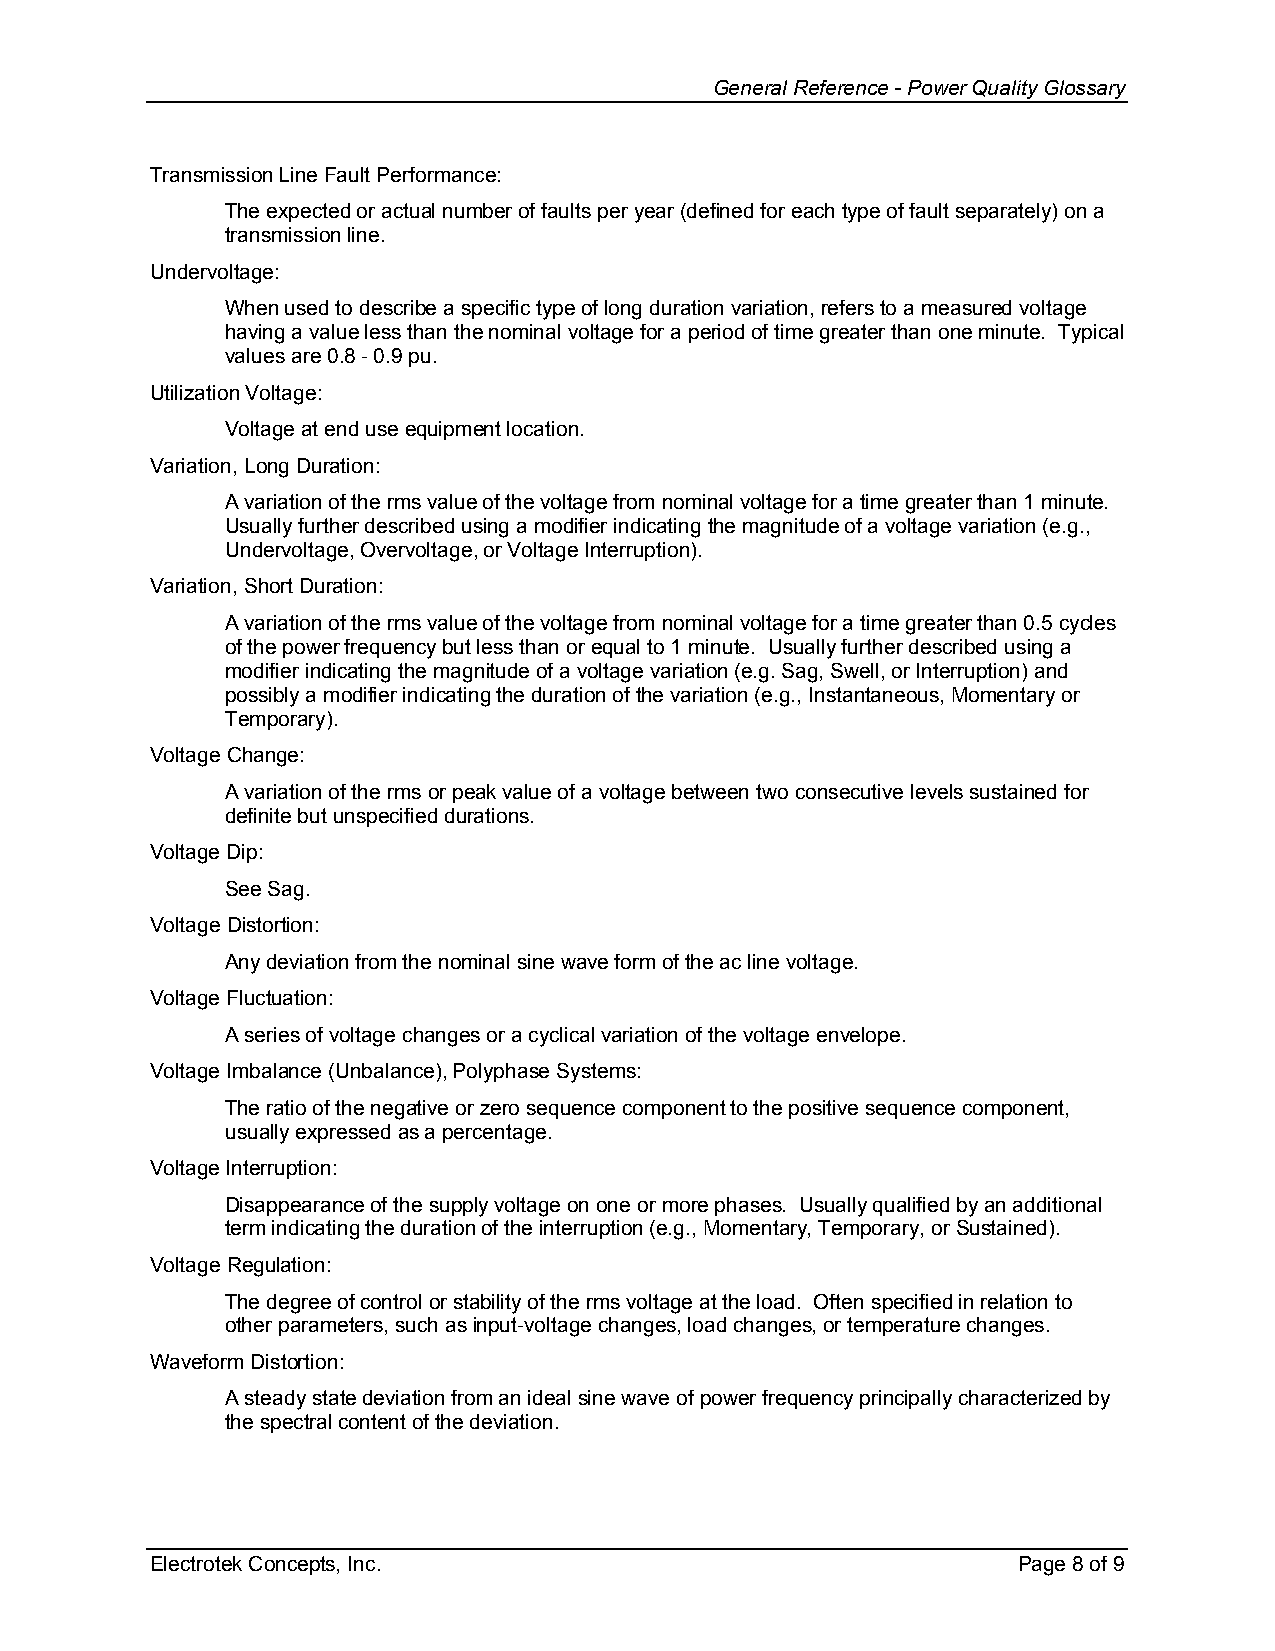
General Reference - Power Quality Glossary
 Transmission Line Fault Performance:
 The expected or actual number of faults per year (defined for each type of fault separately) on a
 transmission line.
 Undervoltage:
 When used to describe a specific type of long duration variation, refers to a measured voltage
 having a value less than the nominal voltage for a period of time greater than one minute. Typical
 values are 0.8 - 0.9 pu.
 Utilization Voltage:
 Voltage at end use equipment location.
 Variation, Long Duration:
 A variation of the rms value of the voltage from nominal voltage for a time greater than 1 minute.
 Usually further described using a modifier indicating the magnitude of a voltage variation (e.g.,
 Undervoltage, Overvoltage, or Voltage Interruption).
 Variation, Short Duration:
 A variation of the rms value of the voltage from nominal voltage for a time greater than 0.5 cycles
 of the power frequency but less than or equal to 1 minute. Usually further described using a
 modifier indicating the magnitude of a voltage variation (e.g. Sag, Swell, or Interruption) and
 possibly a modifier indicating the duration of the variation (e.g., Instantaneous, Momentary or
 Temporary).
 Voltage Change:
 A variation of the rms or peak value of a voltage between two consecutive levels sustained for
 definite but unspecified durations.
 Voltage Dip:
 See Sag.
 Voltage Distortion:
 Any deviation from the nominal sine wave form of the ac line voltage.
 Voltage Fluctuation:
 A series of voltage changes or a cyclical variation of the voltage envelope.
 Voltage Imbalance (Unbalance), Polyphase Systems:
 The ratio of the negative or zero sequence component to the positive sequence component,
 usually expressed as a percentage.
 Voltage Interruption:
 Disappearance of the supply voltage on one or more phases. Usually qualified by an additional
 term indicating the duration of the interruption (e.g., Momentary, Temporary, or Sustained).
 Voltage Regulation:
 The degree of control or stability of the rms voltage at the load. Often specified in relation to
 other parameters, such as input-voltage changes, load changes, or temperature changes.
 Waveform Distortion:
 A steady state deviation from an ideal sine wave of power frequency principally characterized by
 the spectral content of the deviation.
 Electrotek Concepts, Inc.                                Page 8 of 9